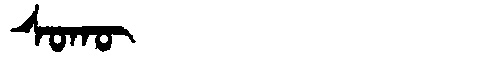
Manchu: ᠰᠣᡴᡡ
Romanization: SOKŪ